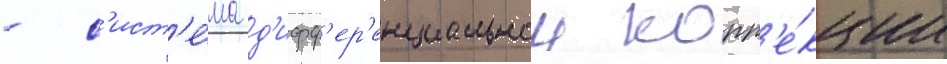
- с'ист'е́ма д'ифф'ер'енциальнои корр'е́кции